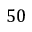
5 0